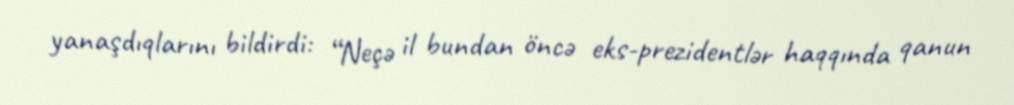
yanaşdıqlarını bildirdi: “Neçə il bundan öncə eks-prezidentlər haqqında qanun